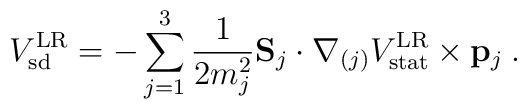
V_{\rm sd}^{\rm LR}= - \sum_{j=1}^3 {1 \over 2 m_j^2} {\bf S}_j \cdot {\bf \nabla}_{(j)} V_{\rm stat}^{\rm LR} \times {\bf p}_j \> .